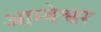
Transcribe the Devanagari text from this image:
आम्बेश्वर